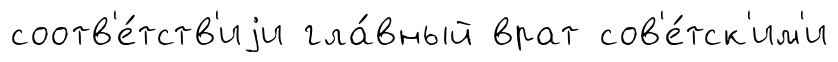
соотв'е́тств'иjи гла́вный врат сов'е́тск'им'и